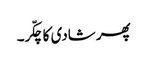
پھر شادی کا چکّر۔